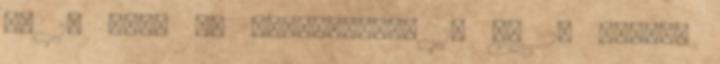
az 1. rész V. fejezetének 1. és 2. ábrája